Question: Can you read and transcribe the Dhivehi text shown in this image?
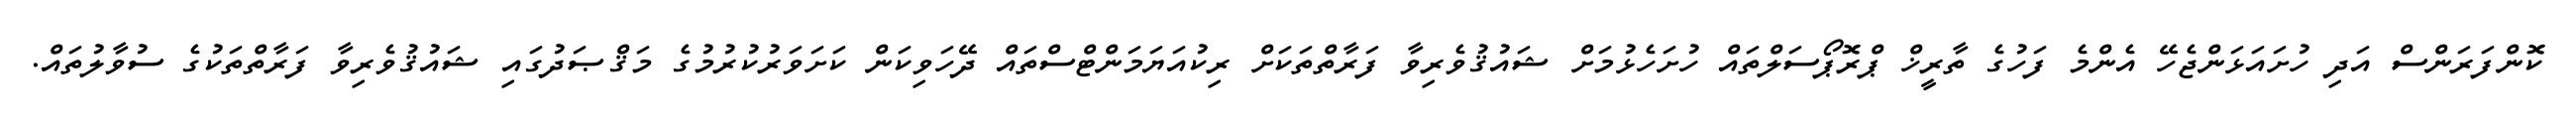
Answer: ކޮންފަރަންސް އަދި ހުށައަޅަންޖެހޭ އެންމެ ފަހުގެ ތާރީޚް ޕްރޮޕޯސަލްތައް ހުށަހެޅުމަށް ޝައުޤުވެރިވާ ފަރާތްތަކަށް ރިކުއަޔަމަންޓްސްތައް ދޭހަވިކަން ކަށަވަރުކުރުމުގެ މަޤްޞަދުގައި ޝައުޤުވެރިވާ ފަރާތްތަކުގެ ސުވާލުތައް.